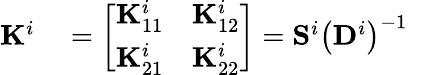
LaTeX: \begin{array}{rlr}{\mathbf{K}^{i}}&{{}=\left[\begin{array}{ll}{\mathbf{K}_{11}^{i}}&{\mathbf{K}_{12}^{i}}\\ {\mathbf{K}_{21}^{i}}&{\mathbf{K}_{22}^{i}}\end{array}\right]=\mathbf{S}^{i}\left(\mathbf{D}^{i}\right)^{-1}}&{}\end{array}